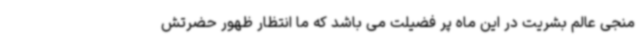
منجی عالم بشریت در این ماه پر فضیلت می باشد که ما انتظار ظهور حضرتش